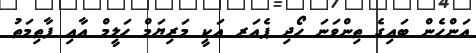
އަންހެން ބައިގެ ތިންވަނަ ހޯދި ޕެއަރ އަކީ މަރިޔަމް ހަލީމް އާއި ފާތިމަތު